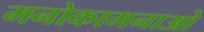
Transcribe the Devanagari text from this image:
मनोकामनाओ